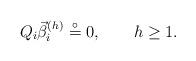
LaTeX: \begin{align*}Q_{i}\vec{\beta}_{i}^{(h)}\stackrel{\circ }{=}{0},\quad \quad h\geq 1.\end{align*}